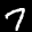
Label: 7